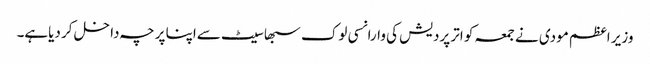
وزیر اعظم مودی نے جمعہ کو اتر پردیش کی وارانسی لوک سبھا سیٹ سےاپنا پرچہ داخل کر دیاہے۔